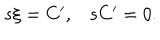
\begin{matrix} { { s \xi = C ^ { \prime } , } } & { { s C ^ { \prime } = 0 . } } \\ \end{matrix}